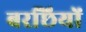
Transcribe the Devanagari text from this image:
बरछियों